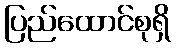
ပြည်ထောင်စုရှိ